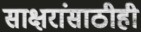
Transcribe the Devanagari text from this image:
साक्षरांसाठीही